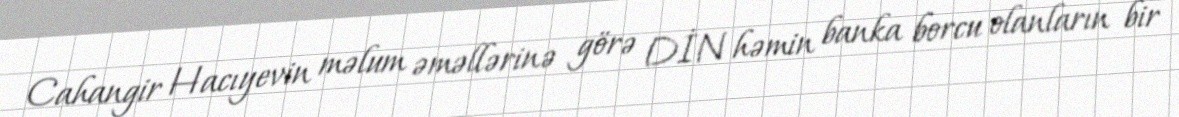
Cahangir Hacıyevin məlum əməllərinə görə DİN həmin banka borcu olanların bir